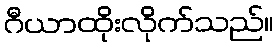
ဂီယာထိုးလိုက်သည်။